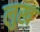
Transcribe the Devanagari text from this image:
लुख